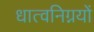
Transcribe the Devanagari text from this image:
धात्वनिग्नयों